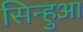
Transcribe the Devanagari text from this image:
सिन्हुआ